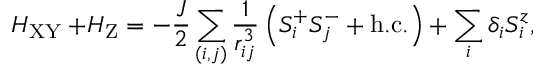
H _ { \mathrm { X Y } } + \! H _ { \mathrm { Z } } = - \frac { J } { 2 } \sum _ { ( i , j ) } \frac { 1 } { r _ { { i j } } ^ { 3 } } \left( S _ { i } ^ { + } S _ { j } ^ { - } + \mathrm { { h . c . } } \right) + \sum _ { i } \delta _ { i } S _ { i } ^ { z } ,